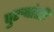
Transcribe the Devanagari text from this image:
पुरुषांशीं